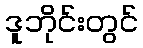
ဒူဘိုင်းတွင်